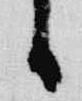
日